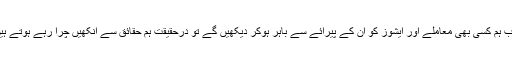
جب ہم کسی بھی معاملے اور ایشوز کو اُن کے پیرائے سے باہر ہوکر دیکھیں گے تو درحقیقت ہم حقائق سے آنکھیں چرا رہے ہوتے ہیں۔